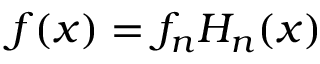
f ( x ) = f _ { n } H _ { n } ( x )